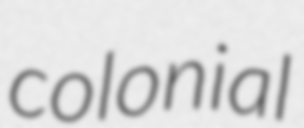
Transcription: colonial